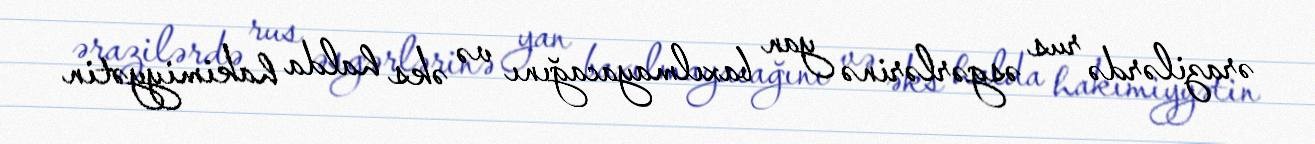
ərazilərdə rus əsgərlərinə yan baxılmayacağını və əks halda hakimiyyətin